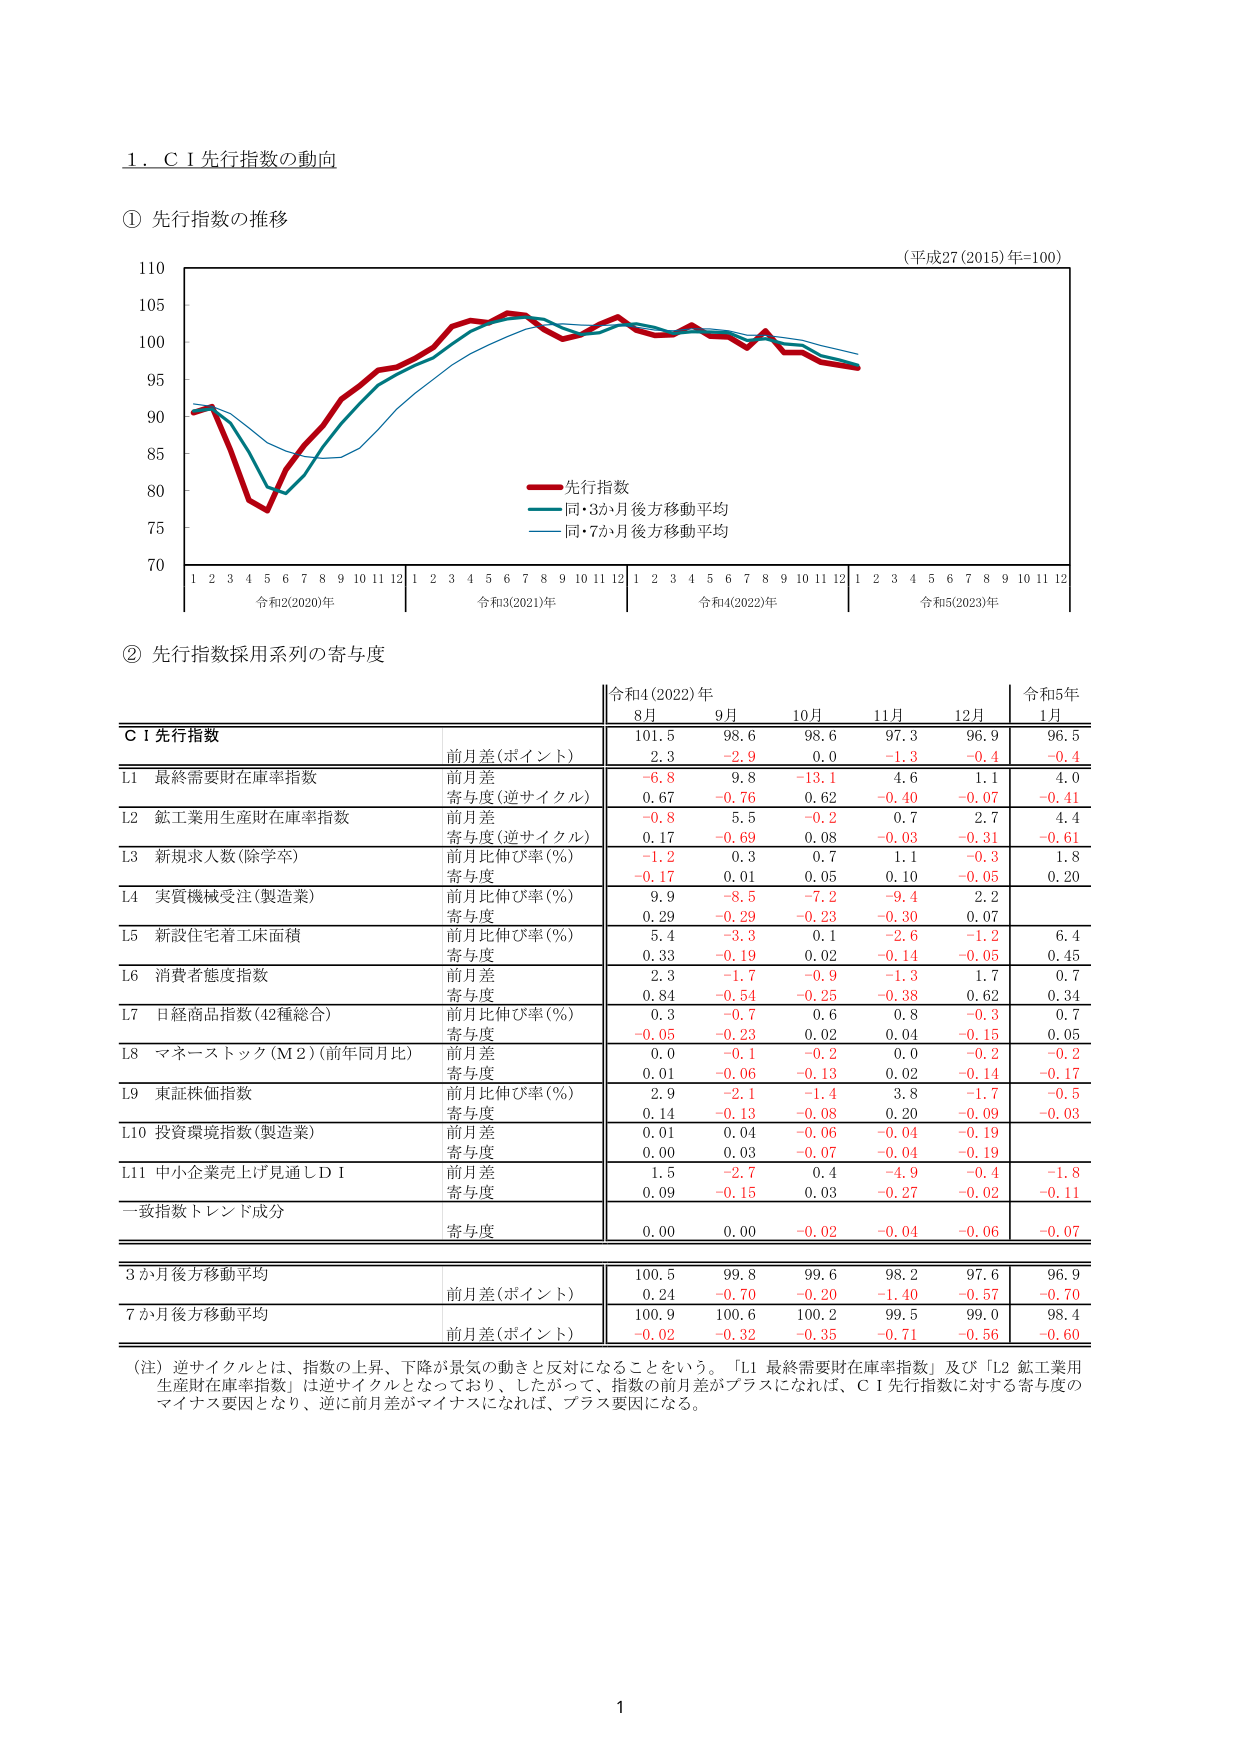
1. C I 先行指数の動向

① 先行指数の推移

(平成27 (2015) 年=100)

110
105
100
95
90
85
80
75
70

1 2 3 4 5 6 7 8 9 10 11 12 1 2 3 4 5 6 7 8 9 10 11 12 1 2 3 4 5 6 7 8 9 10 11 12 1 2 3 4 5 6 7 8 9 10 11 12

令和2(2020)年 令和3(2021)年 令和4(2022)年 令和5(2023)年

― 先行指数
― 同・3か月後方移動平均
― 同・7か月後方移動平均

② 先行指数採用系列の寄与度

令和4(2022)年 令和5年
8月 9月 10月 11月 12月 1月

C I 先行指数
前月差(ポイント) 101.5 98.6 98.6 97.3 96.9 96.5
2.3 -2.9 0.0 -1.3 -0.4 -0.4

L1 最終需要財在庫率指数
前月差 -6.8 9.8 -13.1 4.6 1.1 4.0
寄与度(逆サイクル) 0.67 -0.76 0.62 -0.40 -0.07 -0.41

L2 鉱工業用生産財在庫率指数
前月差 -0.8 5.5 -0.2 0.7 2.7 4.4
寄与度(逆サイクル) 0.17 -0.69 0.08 -0.03 -0.31 -0.61

L3 新規求人数(除学卒)
前月比伸び率(%) -1.2 0.3 0.7 1.1 -0.3 1.8
寄与度 -0.17 0.01 0.05 0.10 -0.05 0.20

L4 実質機械受注(製造業)
前月比伸び率(%) 9.9 -8.5 -7.2 -9.4 2.2
寄与度 0.29 -0.29 -0.23 -0.30 0.07

L5 新設住宅着工床面積
前月比伸び率(%) 5.4 -3.3 0.1 -2.6 -1.2 6.4
寄与度 0.33 -0.19 0.02 -0.14 -0.05 0.45

L6 消費者態度指数
前月差 2.3 -1.7 -0.9 -1.3 1.7 0.7
寄与度 0.84 -0.54 -0.25 -0.38 0.62 0.34

L7 日経商品指数(42種総合)
前月比伸び率(%) 0.3 -0.7 0.6 0.8 -0.3 0.7
寄与度 -0.05 -0.23 0.02 0.04 -0.15 0.05

L8 マネーストック(M2)(前年同月比)
前月差 0.0 -0.1 -0.2 0.0 -0.2 -0.2
寄与度 0.01 -0.06 -0.13 0.02 -0.14 -0.17

L9 東証株価指数
前月比伸び率(%) 2.9 -2.1 -1.4 3.8 -1.7 -0.5
寄与度 0.14 -0.13 -0.08 0.20 -0.09 -0.03

L10 投資環境指数(製造業)
前月差 0.01 0.04 -0.06 -0.04 -0.19
寄与度 0.00 0.03 -0.07 -0.04 -0.19

L11 中小企業売上げ見通しD I
前月差 1.5 -2.7 0.4 -4.9 -0.4 -1.8
寄与度 0.09 -0.15 0.03 -0.27 -0.02 -0.11

一致指数トレンド成分
寄与度 0.00 0.00 -0.02 -0.04 -0.06 -0.07

3か月後方移動平均
前月差(ポイント) 100.5 99.8 99.6 98.2 97.6 96.9
0.24 -0.70 -0.20 -1.40 -0.57 -0.70

7か月後方移動平均
前月差(ポイント) 100.9 100.6 100.2 99.5 99.0 98.4
-0.02 -0.32 -0.35 -0.71 -0.56 -0.60

(注) 逆サイクルとは、指数の上昇、下降が景気の動きと反対になることをいう。「L1 最終需要財在庫率指数」及び「L2 鉱工業用生産財在庫率指数」は逆サイクルとなっており、したがって、指数の前月差がプラスになれば、C I 先行指数に対する寄与度のマイナス要因となり、逆に前月差がマイナスになれば、プラス要因になる。

1